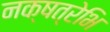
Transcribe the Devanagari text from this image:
नक्षत्रेभि